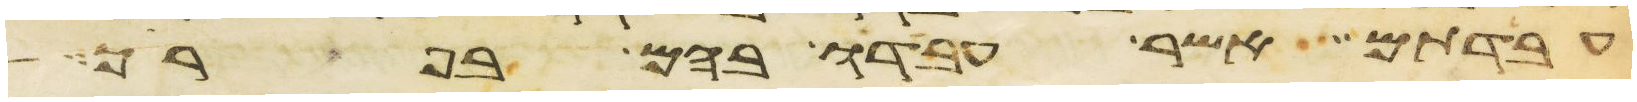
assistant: עבדתם אשר עבדו בהם בפרך